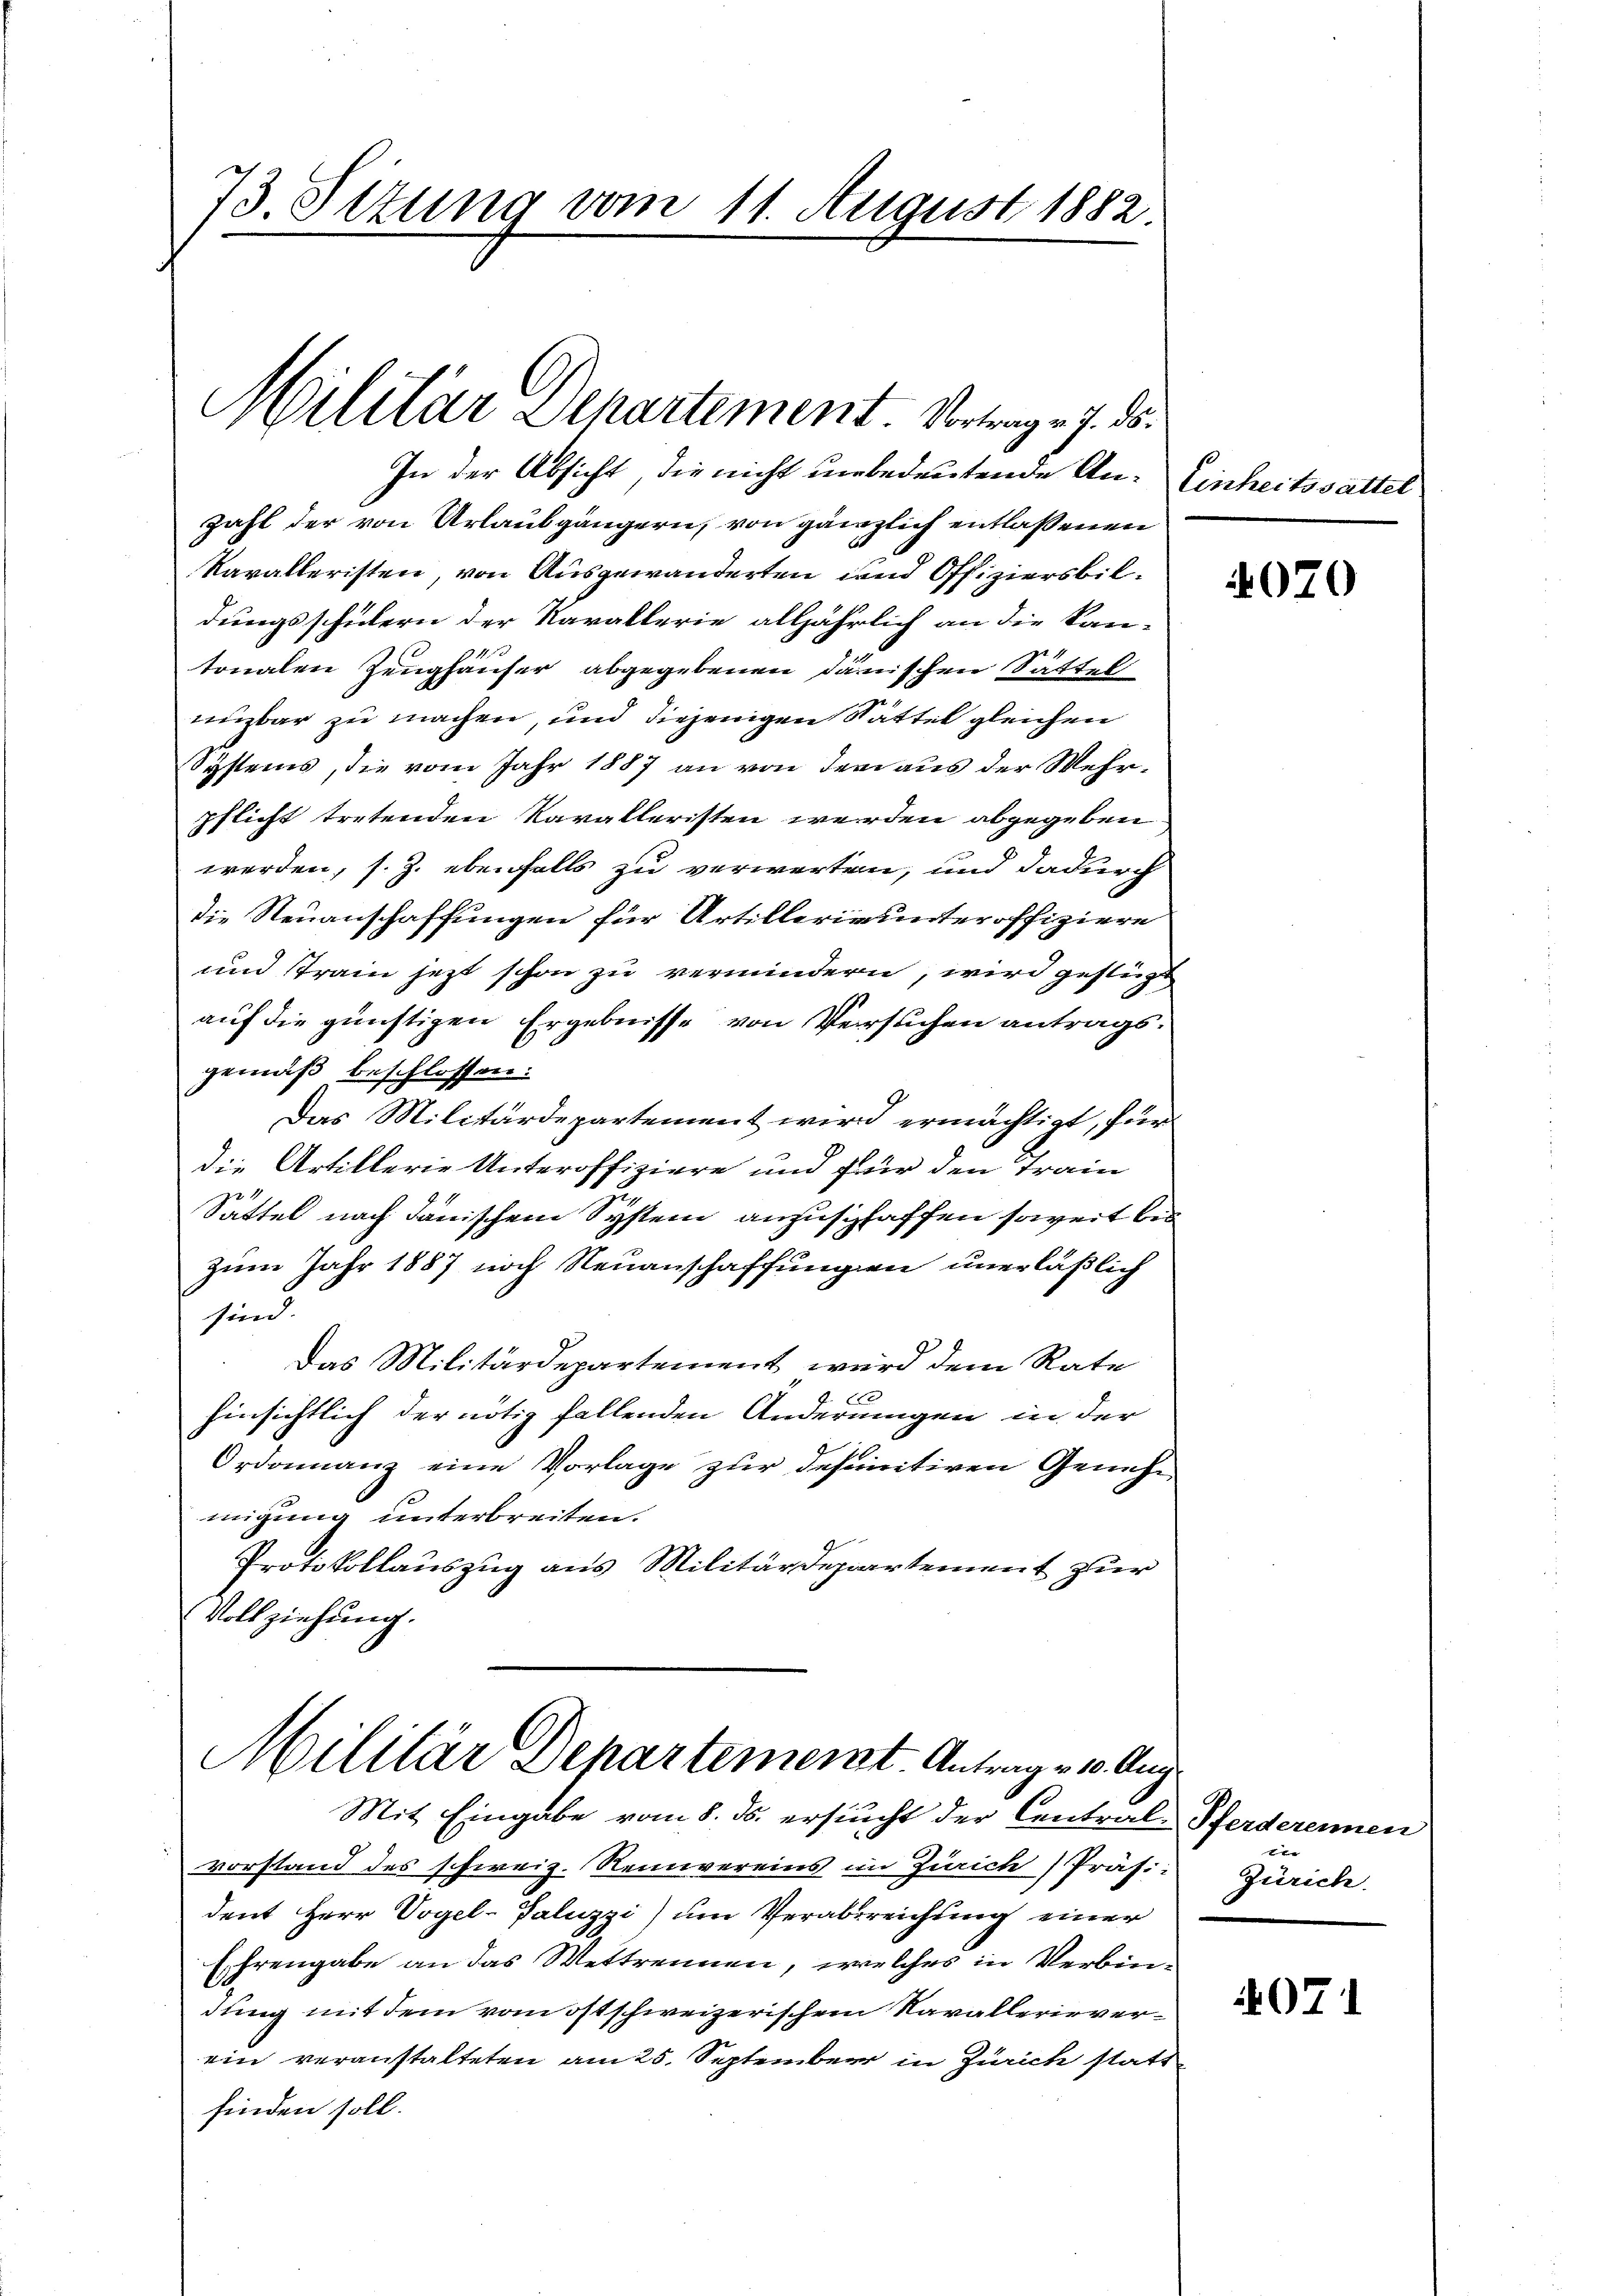
73. Setzung vom 11. August 1882.

Militar Departement Vortrage 7. ds.
In der Absicht, die nicht unbedeutende An- Einheitssattel

zahl der von Urlaubgängern, von gänzlich entlassenen
kavalleristen, von Ausgewanderten und Offiziersbildungsschülern der Kavallerie alljährlich an die kan-
tonalen Zeughäuser abgegebenen dänischen Sättel
eizbar zu machen, und diejenigen Stattel gleichen
Systems, die vom Jahr 1887 an von dem aus der Mehrpflicht tretenden Kavalleristen werden abgegeben
werden, s. Z. ebenfalls zu verwerten, und dadurch
die Neuanschaffungen für Artillerie unteroffiziere
und Train jetzt schon zu vermindern, wird gestüt
auf die günstigen Ergebnisse von Versuchen antragsgemäß beschlossen:
Das Militärdepartement wird ermächtigt, für
die Artillerie Unteroffiziere und für den Train
Sattel nach danischen System anzuschaffen soweit bis
Zum Jahr 1887 noch Neuanschaffungen unerläßlich
sind.
Das Militärdepartement wird dem Rate
hinsichtlich der nötig fallenden Änderungen in der
Ordonanz eine Vorlage zur definitiven Genehmigung unterbreiten.
Protokollauszug aus Militärdepartement zur
Vollziehung.

Militär Departement. Antrage v. Aug.
Mit Eingabe vom 8. ds. ersucht der Central-Pferderennen

vorstand des schweiz. Reinvereins im Zürich Präs.:
dent Herr Vogel-Galuzzi) um Verabreichung einer
Ehrengabe an das Wettrennen, welches in Verbindung mit dem vom ostschweizerischem Navallerieverein veranstalteten am 25. September in Zürich statt
finden soll.

4070

Zürich.

071